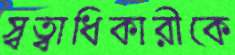
স্বত্বাধিকারীকে